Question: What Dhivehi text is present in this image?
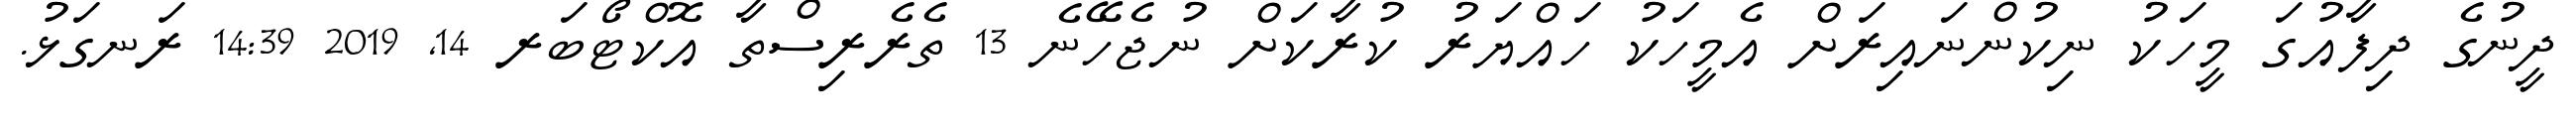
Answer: ދީނުގެ ދިފާއުގަ މީހަކު ނިކުންނައިރަށް އެމީހަކު ހައްޔަރު ކުރާކަށް ނުޖެހޭނެ 13 ތެރެރިސްތާ އޮކްޓޯބަރ 14, 2019 14:39 ރަނގަޅު.